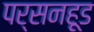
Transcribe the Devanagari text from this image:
पर्सनहूड